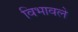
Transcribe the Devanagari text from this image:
विभावले